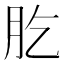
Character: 肐